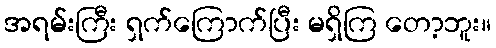
အရမ်းကြီး ရှက်ကြောက်ပြီး မရှိကြ တော့ဘူး။